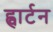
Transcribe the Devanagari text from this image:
ह्वार्टन